Sketch of the medical history of the native army of Bombay, for the year
Year: 1876
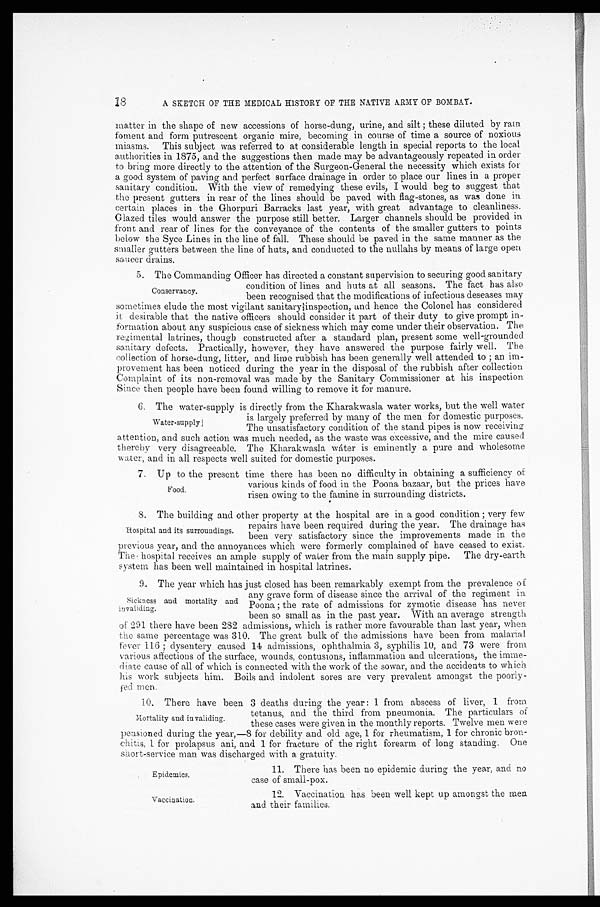
Epidemics.
Vaccination.
1 8
A S K E T C H O F T H E M E D I C A L H I S T O R Y O F T H E N A T I V E A R M Y O F B O M B A Y .
matter in the shape of new accessions of horse-dung, urine, and silt; these diluted by rain
foment and form putrescent organic mire, becoming in course of time a source of noxious
miasms. This subject was referred to at considerable length in special reports to the local
authorities in 1875, and the suggestions then made may be advantageously repeated in order
to bring more directly to the attention of the Surgeon-General the necessity which exists for
a good system of paving and perfect surface drainage in order to place our lines in a proper
sanitary condition. With the view of remedying these evils, I would beg to suggest that
the present gutters in rear of the lines should be paved with flag-stones, as was done in
certain places in the Ghorpuri Barracks last year, with great advantage to cleanliness.
Glazed tiles would answer the purpose still better. Larger channels should be provided in
front and rear of lines for the conveyance of the contents of the smaller gutters to points
below the Syce Lines in the line of fall. These should be paved in the same manner as the
smaller gutters between the line of huts, and conducted to the nullahs by means of large open
saucer drains.
5. The Commanding Officer has directed a constant supervision to securing good sanitary
condition of lines and huts at all seasons. The fact has also
been recognised that the modifications of infectious deseases may
sometimes elude the most vigilant sanitary inspection, and hence the Colonel has considered
it desirable that the native officers should consider it part of their duty to give prompt in
-formation about any suspicious case of sickness which may come under their observation. The
regimental latrines, though constructed after a standard plan, present some well-grounded
sanitary defects. Practically, however, they have answered the purpose fairly well. The
collection of horse-dung, litter, and lime rubbish has been generally well attended to; an im
-provement has been noticed during the year in the disposal of the rubbish after collection
Complaint of its non-removal was made by the Sanitary Commissioner at his inspection
Since then people have been found willing to remove it for manure.
6. The water-supply is directly from the Kharakwasla water works, but the well water
is largely preferred by many of the men for domestic purposes.
The unsatisfactory condition of the stand pipes is now receiving
attention, and such action was much needed, as the waste was excessive, and the mire caused
thereby very disagreeable. The Kharakwasla wáter is eminently a pure and wholesome
water, and in all respects well suited for domestic purposes.
7 . U p t o t h e p r e s e n t t i m e t h e r e h a s b e e n n o d i f f i c u l t y i n o b t a i n i n g a s u f f i c i e n c y o f
various kinds of food in the Poona bazaar, but the prices have
risen owing to the famine in surrounding districts.
8. The building and other property at the hospital are in a good condition; very few
repairs have been required during the year. The drainage has
been very satisfactory since the improvements made in the
previous year, and the annoyances which were formerly complained of have ceased to exist.
The hospital receives an ample supply of water from the main supply pipe. The dry-earth
system has been well maintained in hospital latrines.
9. The year which has just closed has been remarkably exempt from the prevalence of
any grave form of disease since the arrival of the regiment in
Poona; the rate of admissions for zymotic disease has never
been so small as in the past year. With an average strength
of 291 there have been 282 admissions, which is rather more favourable than last year, when
the same percentage was 310. The great bulk of the admissions have been from malarial
fever 116; dysentery caused 14 admissions, ophthalmia 3, syphilis 10, and 73 were from
various affections of the surface, wounds, contusions, inflammation and ulcerations, the imme
-diate cause of all of which is connected with the work of the sowar, and the accidents to which
his work subjects him. Boils and indolent sores are very prevalent amongst the poorly
-fed men.
10. There have been 3 deaths during the year: 1 from abscess of liver, 1 from
tetanus, and the third from pneumonia. The particulars of
these cases were given in the monthly reports. Twelve men were
pensioned during the year,—8 for debility and old age, 1 for rheumatism, 1 for chronic bron
-chitis, 1 for prolapsus ani, and 1 for fracture of the right forearm of long standing. One
short-service man was discharged with a gratuity.
Conservancy.
Water-supply.
Food.
Hospital and its surroundings.
Sickness and mortality and
invaliding.
Mortality and in validing.
11. There has been no epidemic during the year, and no
case of small-pox.
12. Vaccination has been well kept up amongst the men
and. their families.